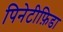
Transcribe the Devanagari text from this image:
पिनेटीफ़िडा